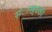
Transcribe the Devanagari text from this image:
संाख्यकी